Indian journal of veterinary science and animal husbandry - Volume 11,
Year: 1941
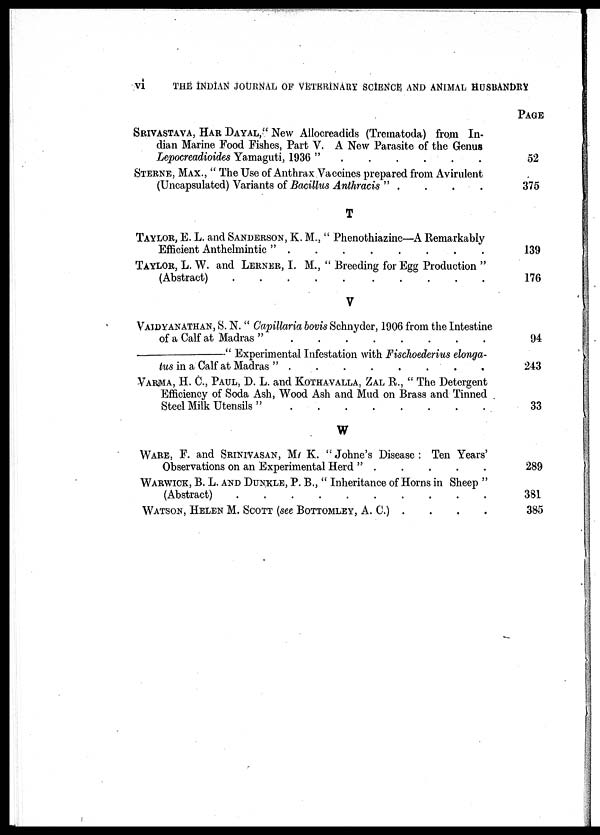
vi
THE INDIAN JOURNAL OF VETERINARY SCIENCE AND ANIMAL HUSBANDRY
SRIVASTAVA, HAR DAYAL," New Allocreadids (Trematoda) from In-
dian Marine Food Fishes, Part V. A New Parasite of the Genus
Lepocreadioides Yamaguti, 1936 " . . . . . . . . . .
STERNE, MAX., " The Use of Anthrax Vaccines prepared from Avirulent
(Uncapsulated) Variants of Bacillus Anthracis " .
.
.
.
T
TAYLOR, E. L. and SANDERSON, K. M., " Phenothiazine—A Remarkably
Efficient Anthelmintic " . . . . . . . . . .
TAYLOR, L. W. and LERNER, I. M., " Breeding for Egg Production "
(Abstract) . . . . . . . . . .
V
VAIDYANATHAN, S. N. " Capillaria bovis Schnyder, 1906 from the Intestine
of a Calf at Madras" . . . . . . . . . .
—"
Experimental Infestation with Fischoderius elonga-
tus in a calf at Madras " . . . . . . . . . .
VARMA, H. C, PAUL, D. L. and KOTHAVALLA, ZAL R., " The Detergent
Efficiency of Soda Ash, Wood Ash and Mud on Brass and Tinned
Steel Milk Utensils " . . . . . . . . . .
W
WARE, F. and SRINIVASAN, M. K. "Johne's Disease: Ten Years'
Observations on an Experimental Herd " . . . . .
WARWICK, B. L. and DUNKLE, P. B., " Inheritance of Horns in Sheep "
(Abstract) . . . . . . . . . .
WATSON, HELEN M. SCOTT (see BOTTOMLEY, A. C.) . . . .
PAGE
52
375
139
176
94
243
33
289
381
385